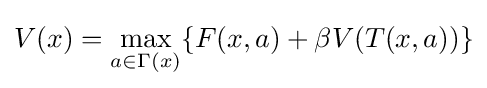
V(x)=\max _{a\in \Gamma (x)}\{F(x,a)+\beta V(T(x,a))\}